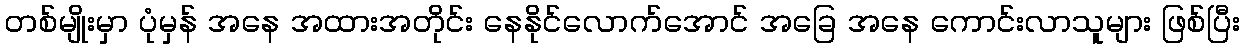
တစ်မျိုးမှာ ပုံမှန် အနေ အထားအတိုင်း နေနိုင်လောက်အောင် အခြေ အနေ ကောင်းလာသူများ ဖြစ်ပြီး